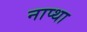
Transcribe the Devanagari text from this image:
नाप्था